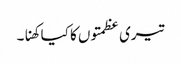
تیری عظمتوں کا کیا کھنا۔